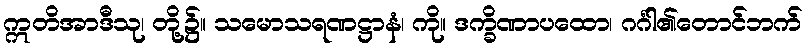
ဣတိအာဒီသု၊ တို့၌။ သမောသရဏဋ္ဌာနံ၊ ကို။ ဒက္ခိဏာပထော၊ ဂင်္ဂါ၏တောင်ဘက်